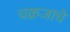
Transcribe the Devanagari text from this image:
चक्रजाचे